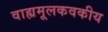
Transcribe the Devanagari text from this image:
वाह्यमूलकवकीय